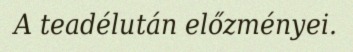
A teadélután előzményei.